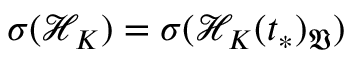
\sigma ( \mathcal { H } _ { K } ) = \sigma ( \mathcal { H } _ { K } ( t _ { * } ) _ { \mathfrak { V } } )